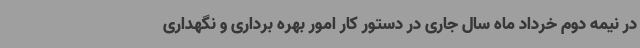
در نیمه دوم خرداد ماه سال جاری در دستور کار امور بهره برداری و نگهداری